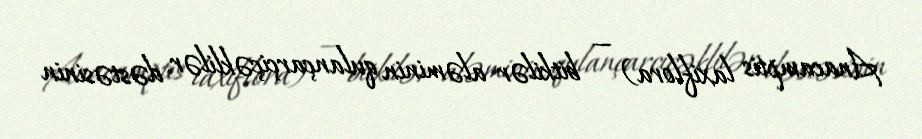
Anacamptis laxiflora) — bitkilər aləminin qulançarçiçəklilər dəstəsinin